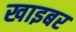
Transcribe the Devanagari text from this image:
खाइबर